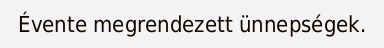
Évente megrendezett ünnepségek.